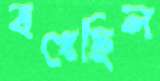
বখেছিল